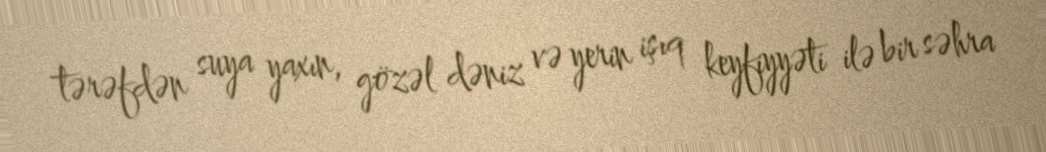
tərəfdən suya yaxın, gözəl dəniz və yerin işıq keyfiyyəti ilə bir səhra